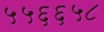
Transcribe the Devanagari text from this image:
५५६६५८